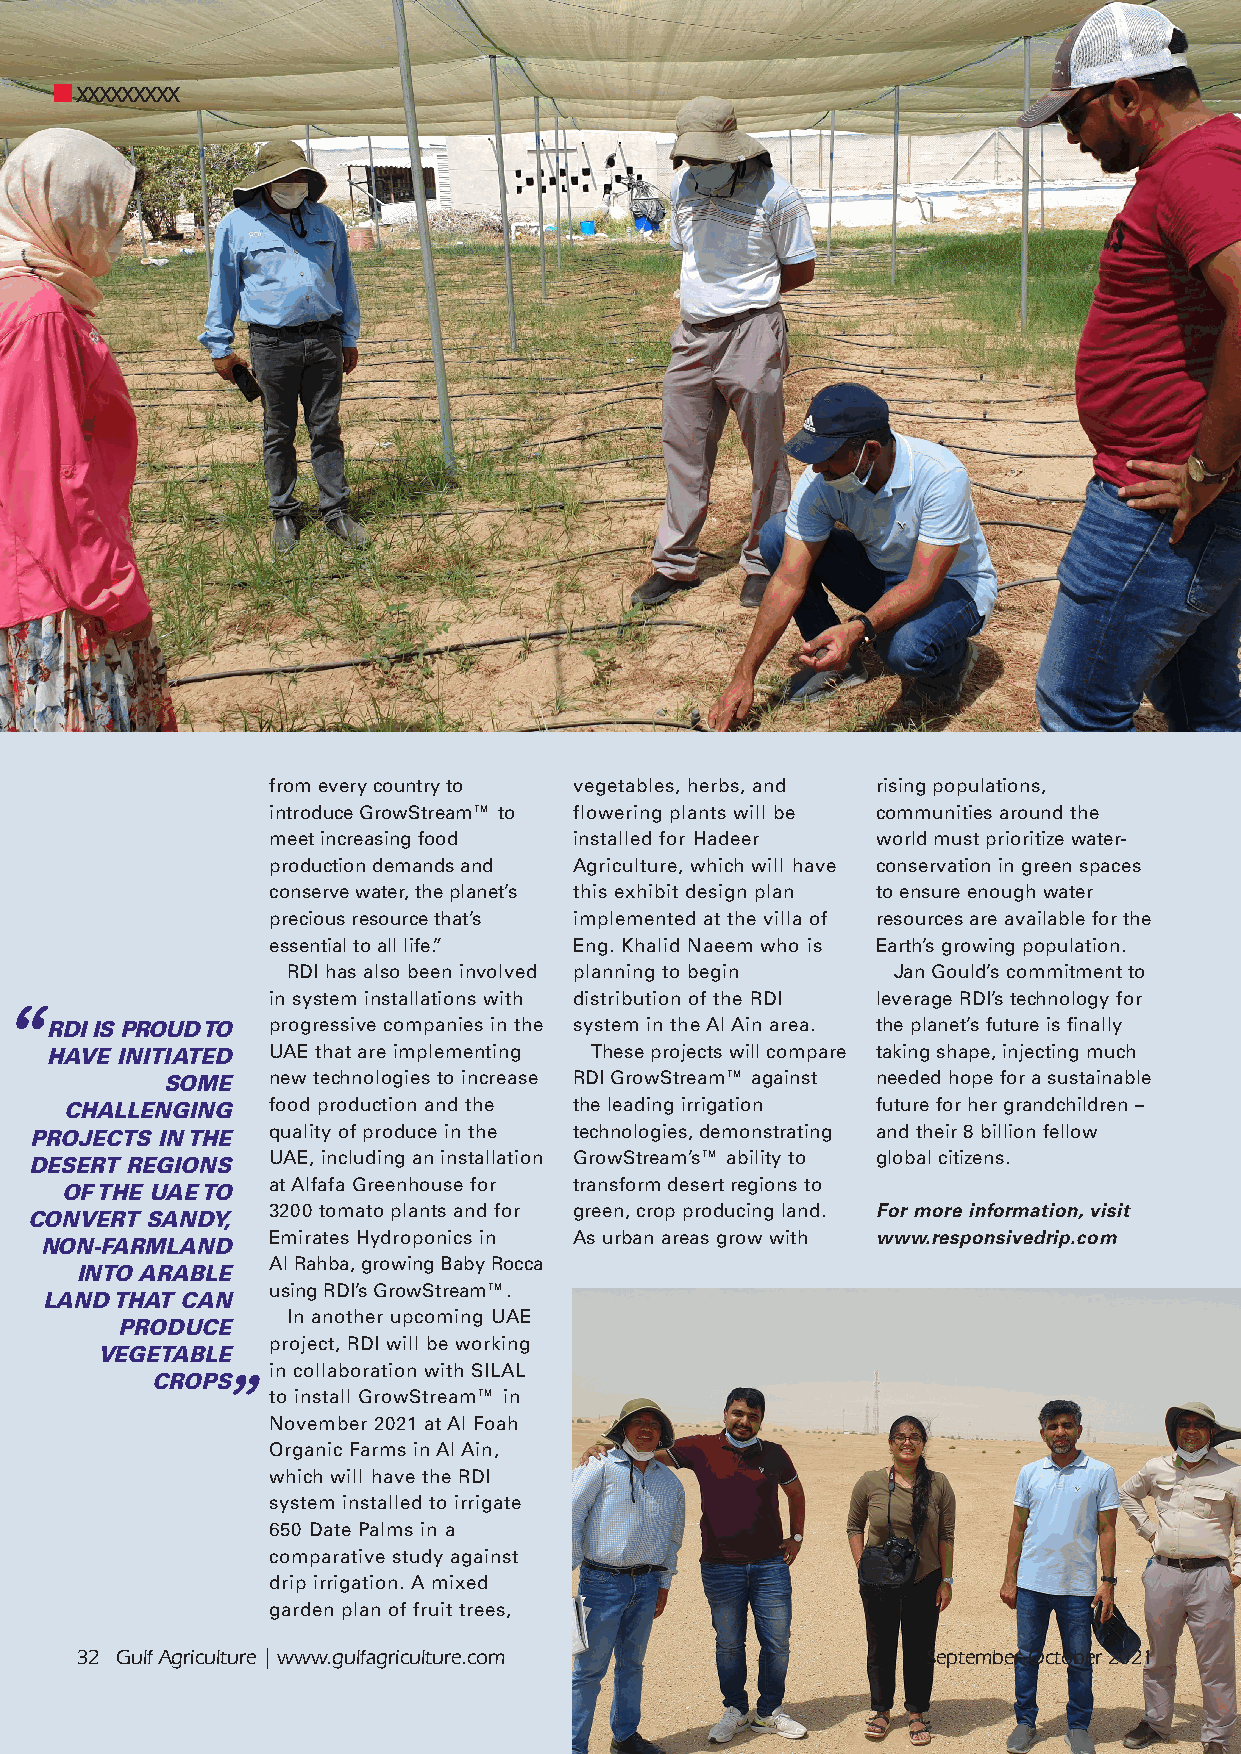
xxxxxxxxx
 from every country to vegetables, herbs, and rising populations,
 introduce GrowStream™ to flowering plants will be communities around the
 meet increasing food installed for Hadeer world must prioritize water-
 production demands and Agriculture, which will have conservation in green spaces
 conserve water, the planet’s this exhibit design plan to ensure enough water
 precious resource that’s implemented at the villa of resources are available for the
 essential to all life.” Eng. Khalid Naeem who is Earth’s growing population.
 RDI has also been involved planning to begin Jan Gould’s commitment to
 in system installations with distribution of the RDI leverage RDI’s technology for
 RDI IS PROUD TO progressive companies in the system in the Al Ain area. the planet’s future is finally
 HAVE INITIATED UAE that are implementing These projects will compare taking shape, injecting much
 SOME   new technologies to increase RDI GrowStream™ against needed hope for a sustainable
 CHALLENGING   food production and the the leading irrigation future for her grandchildren –
 PROJECTS IN THE quality of produce in the technologies, demonstrating and their 8 billion fellow
 DESERT REGIONS  UAE, including an installation GrowStream’s™ ability to global citizens.
 at Alfafa Greenhouse for transform desert regions to
 OF THE UAE TO
 3200 tomato plants and for green, crop producing land. For more information, visit
 CONVERT SANDY,
 Emirates Hydroponics in As urban areas grow with www.responsivedrip.com
 NON-FARMLAND
 Al Rahba, growing Baby Rocca
 INTO ARABLE
 using RDI’s GrowStream™.
 LAND THAT CAN
 In another upcoming UAE
 PRODUCE
 project, RDI will be working
 VEGETABLE
 in collaboration with SILAL
 CROPS
 to install GrowStream™ in
 November 2021 at Al Foah
 Organic Farms in Al Ain,
 which will have the RDI
 system installed to irrigate
 650 Date Palms in a
 comparative study against
 drip irrigation. A mixed
 garden plan of fruit trees,
 32 Gulf Agriculture | www.gulfagriculture.com           September-October 2021